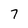
Character: 7